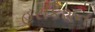
હરકિશન